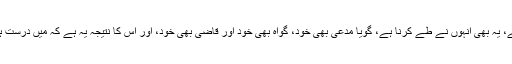
پس دلیل کیا ہے، کیا نہیں ہے، یہ بھی انہوں نے طے کرنا ہے، گویا مدعی بھی خود، گواہ بھی خود اور قاضی بھی خود، اور اس کا نتیجہ یہ ہے کہ میں درست ہوں اور باقی سارے غلط ہیں۔